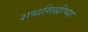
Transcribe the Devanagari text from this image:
शब्दसिद्धीच्या